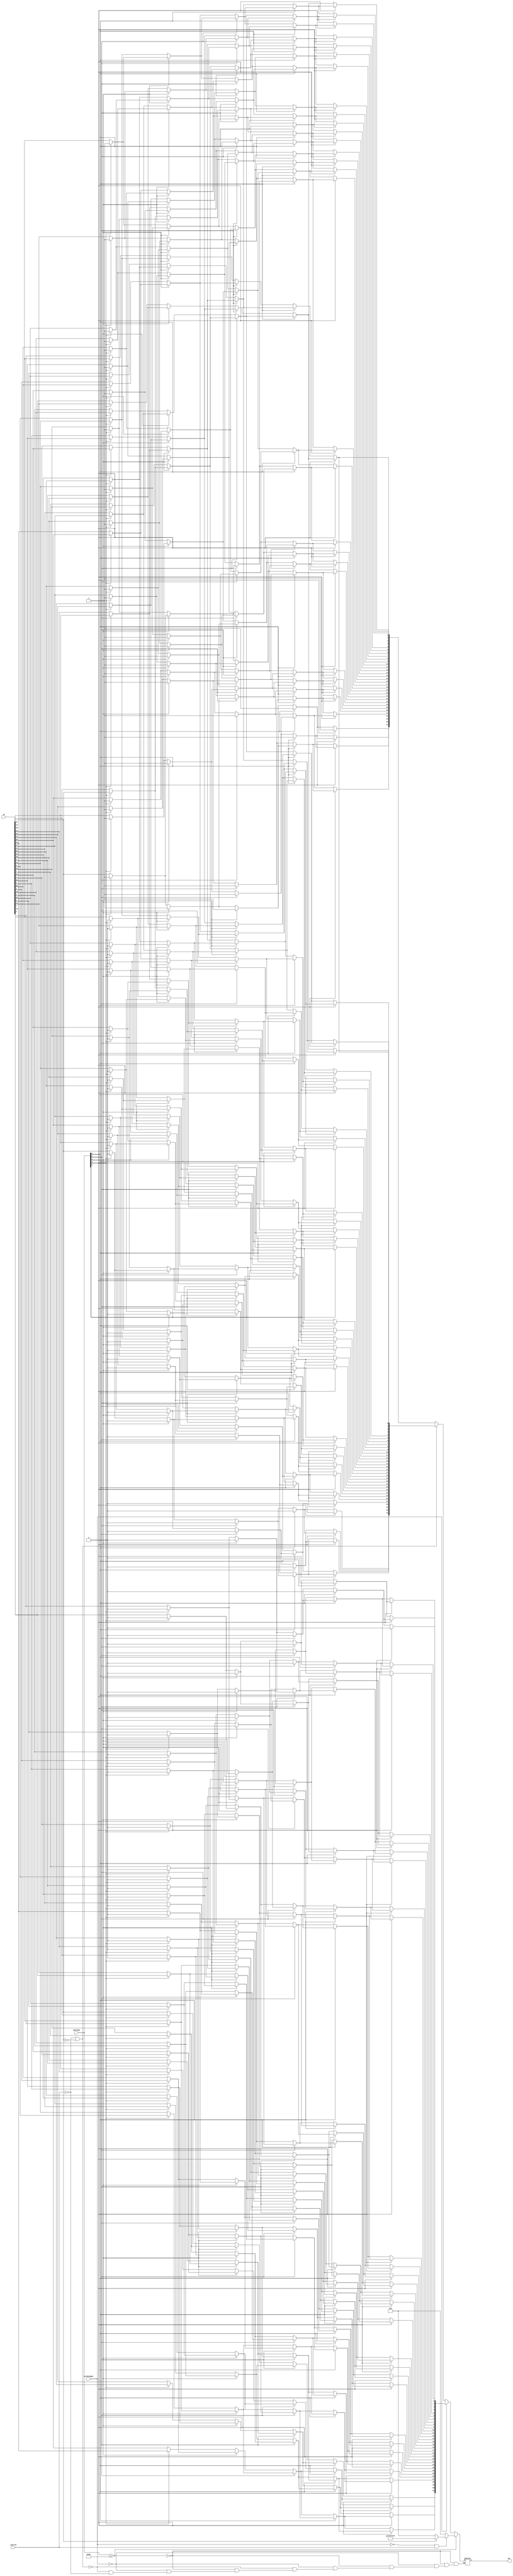
module Shift_32_bit(out, in, shiftAmt, LeftOrRight, isArith);

output[31:0] out;
input[31:0] in, shiftAmt;
input LeftOrRight, isArith;

reg[31:0] layer1, layer2, layer3, layer4, out;

integer i;

always@(in or shiftAmt or LeftOrRight or isArith) begin
	if(shiftAmt >= 32)begin
		if(!LeftOrRight && isArith)begin
			if(in[31]==0)begin
				out = 32'b0;
			end
			else begin
				out = 32'b11111111111111111111111111111111;
			end
		end
		else begin
			out = 32'b0;
		end
	end
	else begin
		if(LeftOrRight==1)begin
			if(shiftAmt[4] == 1)begin
				for(i=0;i<=31;i=i+1)begin
					if(i<16)begin
						layer1[i] = 0;
					end
					else begin
						layer1[i] = in[i-16];
					end
				end
			end
			else begin
				layer1 = in;
			end
			
			if(shiftAmt[3] == 1)begin
				for(i=0;i<=31;i=i+1)begin
					if(i<8)begin
						layer2[i] = 0;
					end
					else begin
						layer2[i] = layer1[i-8];
					end
				end
			end
			else begin
				layer2 = layer1;
			end
			
			if(shiftAmt[2] == 1)begin
				for(i=0;i<=31;i=i+1)begin
					if(i<4)begin
						layer3[i] = 0;
					end
					else begin
						layer3[i] = layer2[i-4];
					end
				end
			end
			else begin
				layer3 = layer2;
			end
			
			if(shiftAmt[1] == 1)begin
				for(i=0;i<=31;i=i+1)begin
					if(i<2)begin
						layer4[i] = 0;
					end
					else begin
						layer4[i] = layer3[i-2];
					end
				end
			end
			else begin
				layer4 = layer3;
			end
			
			if(shiftAmt[0] == 1)begin
				for(i=0;i<=31;i=i+1)begin
					if(i<1)begin
						out[i] = 0;
					end
					else begin
						out[i] = layer4[i-1];
					end
				end
			end
			else begin
				out = layer4;
			end
		end
		else if(isArith == 0 || in[31]==0)begin
			if(shiftAmt[4] == 1)begin
				for(i=0;i<=31;i=i+1)begin
					if(i > 15)begin
						layer1[i] = 0;
					end
					else begin
						layer1[i] = in[i+16];
					end
				end
			end
			else begin
				layer1 = in;
			end
			
			if(shiftAmt[3] == 1)begin
				for(i=0;i<=31;i=i+1)begin
					if(i>23)begin
						layer2[i] = 0;
					end
					else begin
						layer2[i] = layer1[i+8];
					end
				end
			end
			else begin
				layer2 = layer1;
			end
			
			if(shiftAmt[2] == 1)begin
				for(i=0;i<=31;i=i+1)begin
					if(i>27)begin
						layer3[i] = 0;
					end
					else begin
						layer3[i] = layer2[i+4];
					end
				end
			end
			else begin
				layer3 = layer2;
			end
			
			if(shiftAmt[1] == 1)begin
				for(i=0;i<=31;i=i+1)begin
					if(i>29)begin
						layer4[i] = 0;
					end
					else begin
						layer4[i] = layer3[i+2];
					end
				end
			end
			else begin
				layer4 = layer3;
			end
			
			if(shiftAmt[0] == 1)begin
				for(i=0;i<=31;i=i+1)begin
					if(i>30)begin
						out[i] = 0;
					end
					else begin
						out[i] = layer4[i+1];
					end
				end
			end
			else begin
				out = layer4;
			end
		end
		else if(isArith == 1)begin
			if(shiftAmt[4] == 1)begin
				for(i=0;i<=31;i=i+1)begin
					if(i > 15)begin
						layer1[i] = 1;
					end
					else begin
						layer1[i] = in[i+16];
					end
				end
			end
			else begin
				layer1 = in;
			end
			
			if(shiftAmt[3] == 1)begin
				for(i=0;i<=31;i=i+1)begin
					if(i>23)begin
						layer2[i] = 1;
					end
					else begin
						layer2[i] = layer1[i+8];
					end
				end
			end
			else begin
				layer2 = layer1;
			end
			
			if(shiftAmt[2] == 1)begin
				for(i=0;i<=31;i=i+1)begin
					if(i>27)begin
						layer3[i] = 1;
					end
					else begin
						layer3[i] = layer2[i+4];
					end
				end
			end
			else begin
				layer3 = layer2;
			end
			
			if(shiftAmt[1] == 1)begin
				for(i=0;i<=31;i=i+1)begin
					if(i>29)begin
						layer4[i] = 1;
					end
					else begin
						layer4[i] = layer3[i+2];
					end
				end
			end
			else begin
				layer4 = layer3;
			end
			
			if(shiftAmt[0] == 1)begin
				for(i=0;i<=31;i=i+1)begin
					if(i>30)begin
						out[i] = 1;
					end
					else begin
						out[i] = layer4[i+1];
					end
				end
			end
			else begin
				out = layer4;
			end
		end
	end
end


endmodule